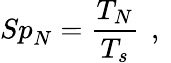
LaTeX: {Sp}_{N}=\frac{T_{N}}{T_{s}}\, \mathrm{~,~}